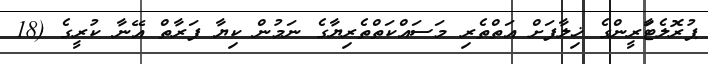
ޕުރޮލެޓަާރީންގެ ޚިލާފަށް އަތްތެރި މަސައްކަތްތެރިޔާގެ ނަމުން ކިޔާ ފަރާތް އޭނާ ކުރީގެ (18